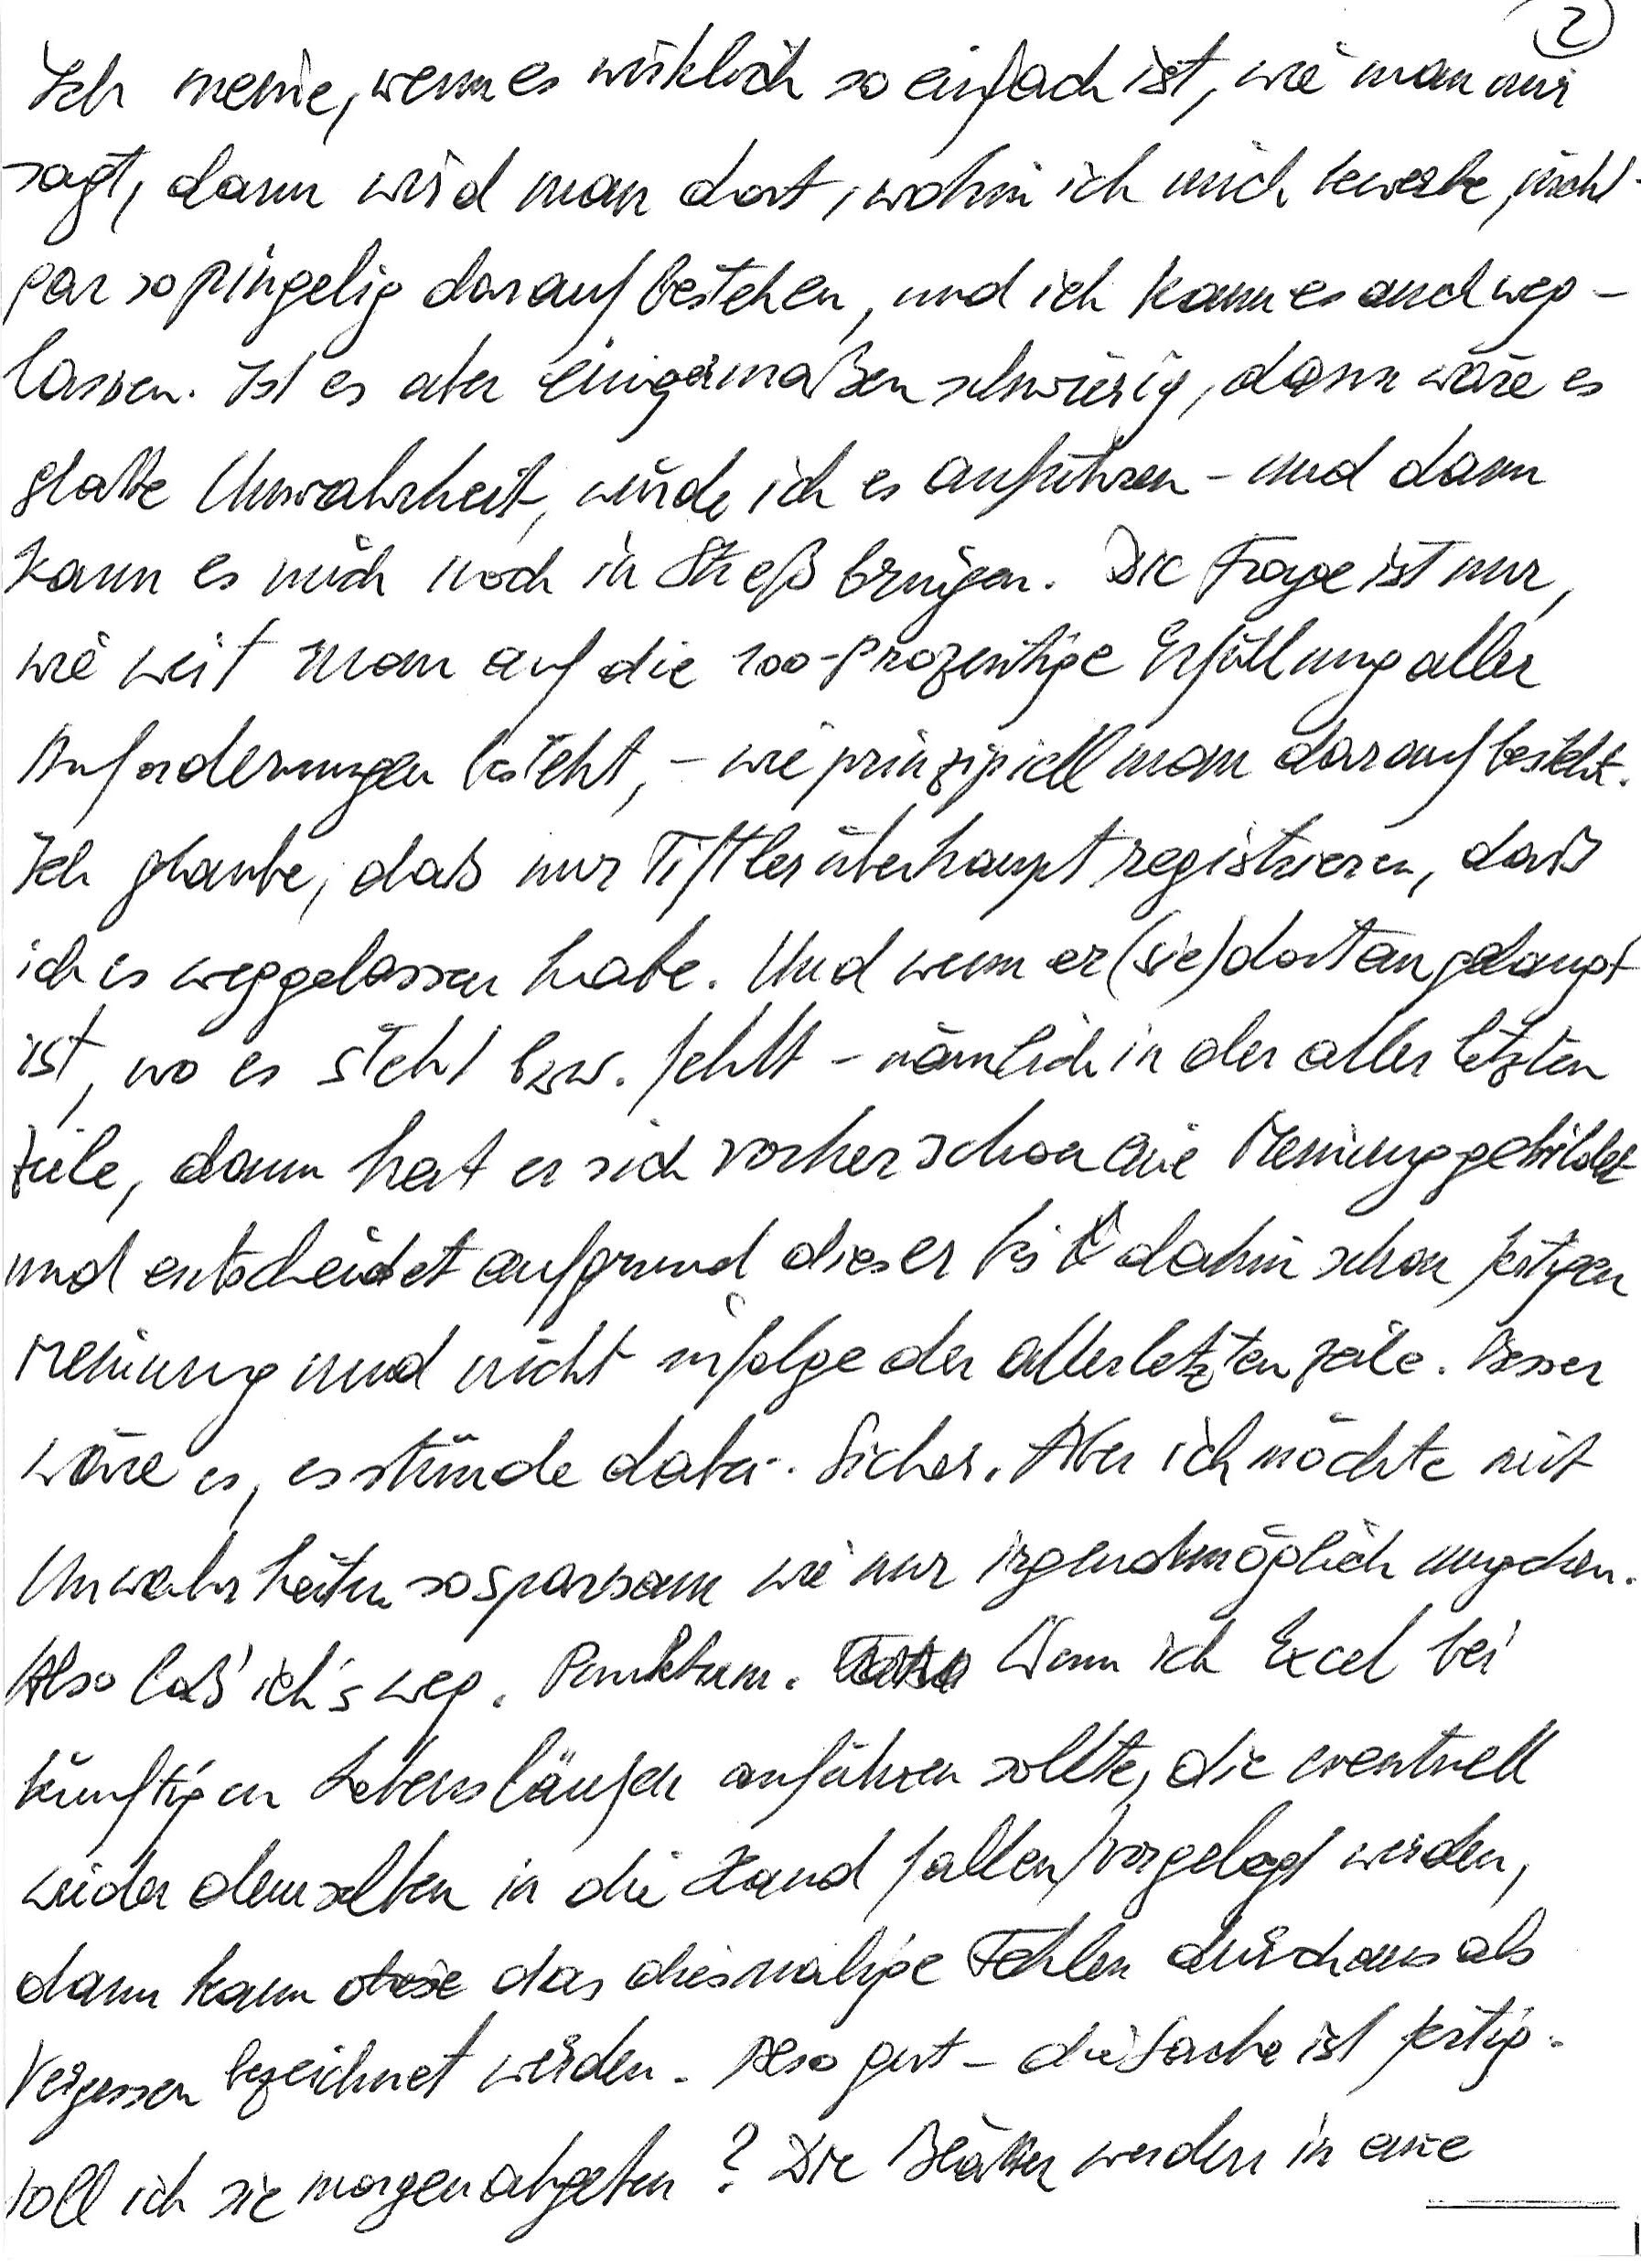
Ich meine, wenn es wirklich so einfach ist, wie man mir
sagt, dann wird man dort, wohin ich mich bewerbe, nicht
gar so pingelig darauf bestehen, und ich kann es auch weg-
lassen. Ist es aber einigermaßen schwierig, dann wäre es
glatte Unwahrheit, würde ich es anführen – und dann
kann es mich noch in Streß bringen. Die Frage ist nur,
wie weit man auf die 100-prozentige Erfüllung aller
Anforderungen besteht, – wie prinzipiell man darauf besteht.
Ich glaube, daß nur Tiftler überhaupt registrieren, daß
ich es weggelassen habe. Und wenn er (sie) dort angelangt
ist, wo es steht bzw. fehlt – nämlich in der allerletzten
Zeile, dann hat er sich vorher schon eine Meinung gebildet
und entscheidet aufgrund dieser bis dahin schon fertigen
Meinung und nicht infolge der allerletzten Zeile. Besser
wäre es, es stünde dabei. Sicher. Aber ich möchte mit
Unwahrheiten so sparsam wie nur irgendmöglich umgehen.
Also laß‘ ich’s weg. Punktum. Wenn ich Excel bei
künftigen Lebensläufen anführen sollte, die eventuell
wieder demselben in die Hand fallen/vorgelegt werden,
dann kann das diesmalige Fehlen durchaus als
Vergessen bezeichnet werden. Also gut – die Sache ist fertig.
Soll ich sie morgen abgeben? Die Blätter werden in eine